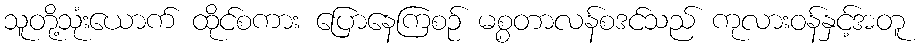
သူတို့သုံးယောက် ထိုင်စကား ပြောနေကြစဉ် မစ္စတာလန်စဒင်သည် ကုလားဝန်နှင့်အတူ